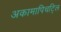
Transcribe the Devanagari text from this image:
अकामापिचट्लि